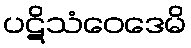
ပဋိသံဝေဒေမိ